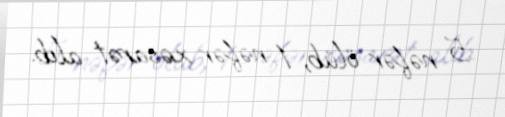
5 nəfər ölüb, 1 nəfər xəsarət alıb.